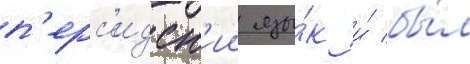
п'ерс'идск'ии язы́к и́ бы́л